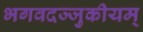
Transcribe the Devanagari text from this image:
भगवदज्जुकीयम्‌